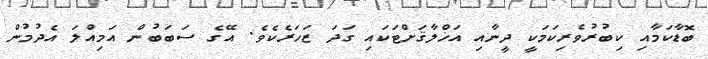
ބޮޑާކަމާއި ކިބުރުވެރިކަމަކީ ދީނާއި އަޚްލާޤަށްޓަކައި ގަދަ ޒަހަރެކެވެ. އޭގެ ސަބަބުން އަމިއްލަ އެދުމުން